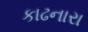
કાઢનારા